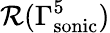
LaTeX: \mathcal{R}(\Gamma_{\mathrm{{sonic}}}^{5})